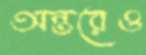
অন্তরেও